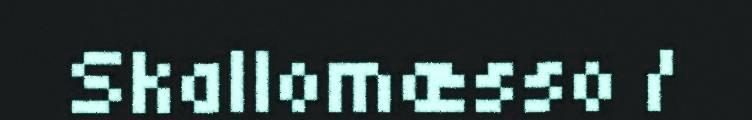
Skallomæsso /